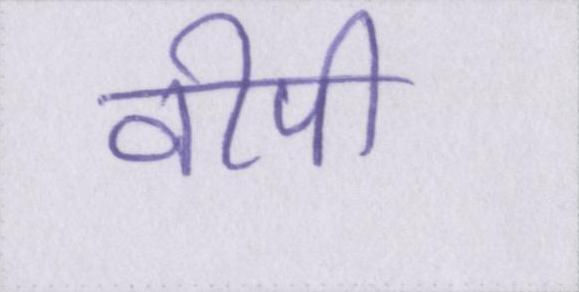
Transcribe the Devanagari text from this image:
वीपी